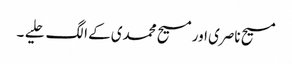
مسیح ناصری اور مسیح محمدی کے الگ حلیے ۔